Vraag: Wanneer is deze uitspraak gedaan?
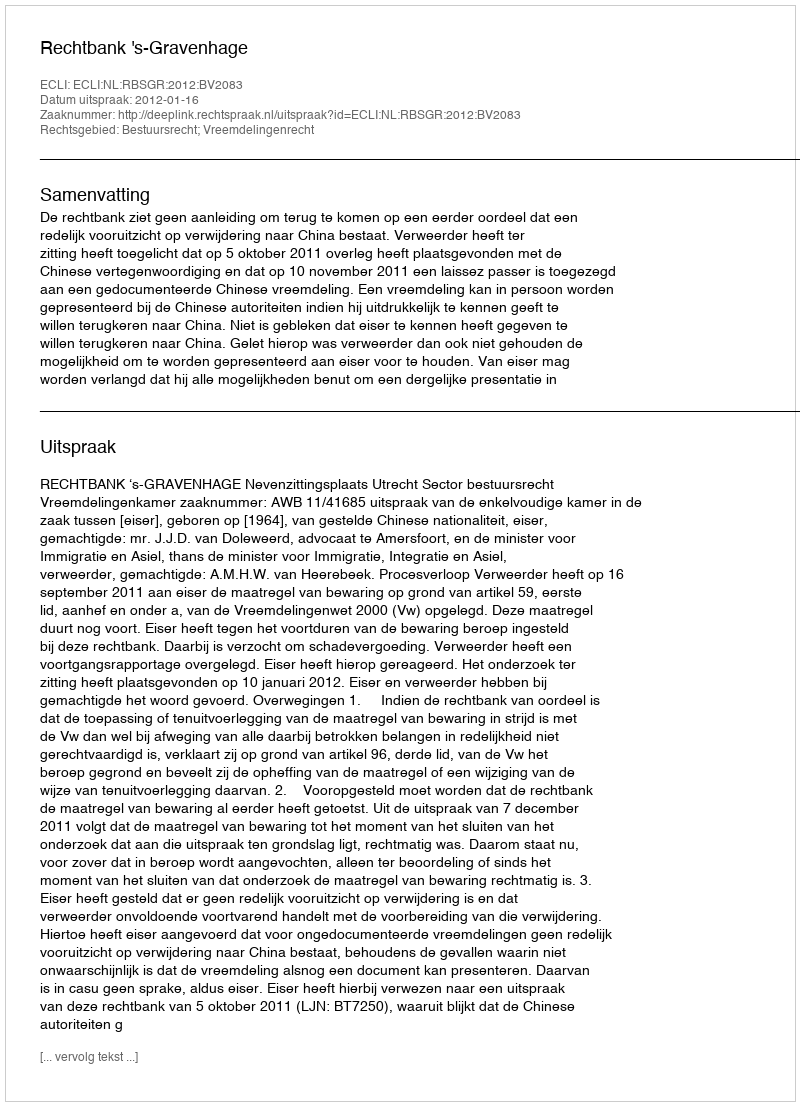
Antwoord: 2012-01-16